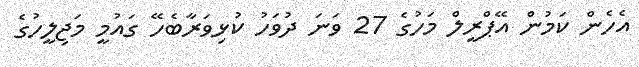
އެހެން ކަމުން އޭޕްރީލް މަހުގެ 27 ވަނަ ދުވަހު ކުޅިވަރާބެހޭ ގައުމީ މަޖިލީހުގެ